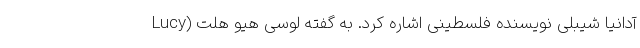
آدانیا شیبلی نویسنده فلسطینی اشاره کرد. به گفته لوسی هیو هلت (Lucy